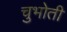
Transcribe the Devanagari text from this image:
चुभोती